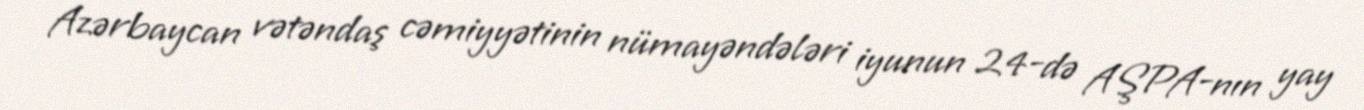
Azərbaycan vətəndaş cəmiyyətinin nümayəndələri iyunun 24-də AŞPA-nın yay